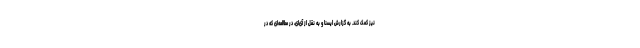
نیز کمک کند. به گزارش ایسنا و به نقل از آی‌ای، در مطالعه‌ای که در